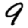
Digit: 9